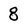
Character: 8